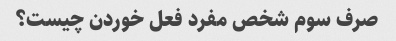
صرف سوم شخص مفرد فعل خوردن چیست؟